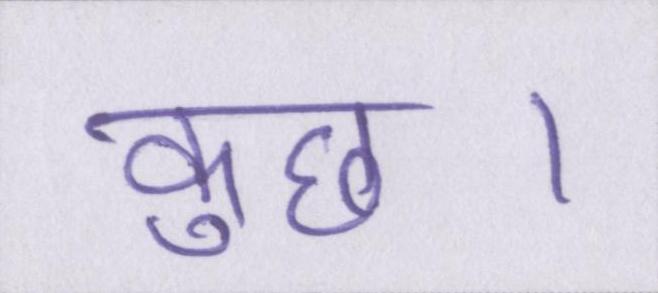
कुछ।